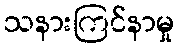
သနားကြင်နာမှု